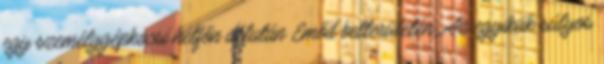
egy személygépkocsi hétfőn délután Emőd belterületén. Az egyikük súlyos